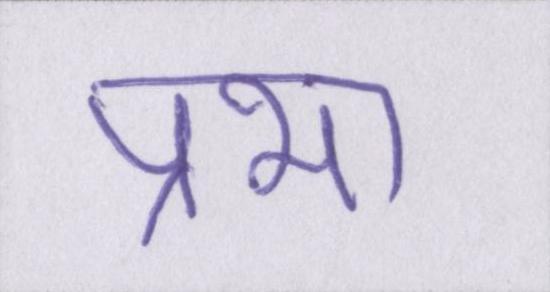
प्रभा